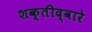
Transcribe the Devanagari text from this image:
शक्तीद्वारे